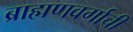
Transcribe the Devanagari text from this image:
ब्राह्मणवर्गाची